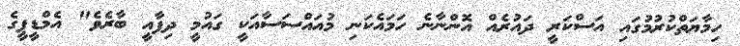
ހިމާޔަތްކުރުމުގައި އަސްކަރީ ދައުރެއް އޮންނާނެ ހަމައެކަނި މުއައްސަސާއަކީ ގައުމީ ދިފާއީ ބާރެވެ" އެމްޑީޕީގެ